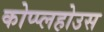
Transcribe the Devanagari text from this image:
कोप्प्लहोउस